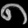
Digit: ၈